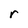
Character: r